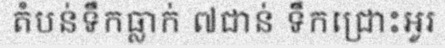
តំបន់ទឹកធ្លាក់ ៧ជាន់ ទឹកជ្រោះអូរ